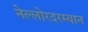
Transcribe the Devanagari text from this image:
नेल्लोरदरम्यान